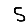
Digit: 5